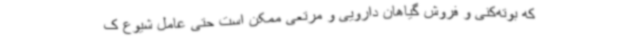
که بوته‌کنی و فروش گیاهان دارویی و مرتعی ممکن است حتی عامل شیوع ک